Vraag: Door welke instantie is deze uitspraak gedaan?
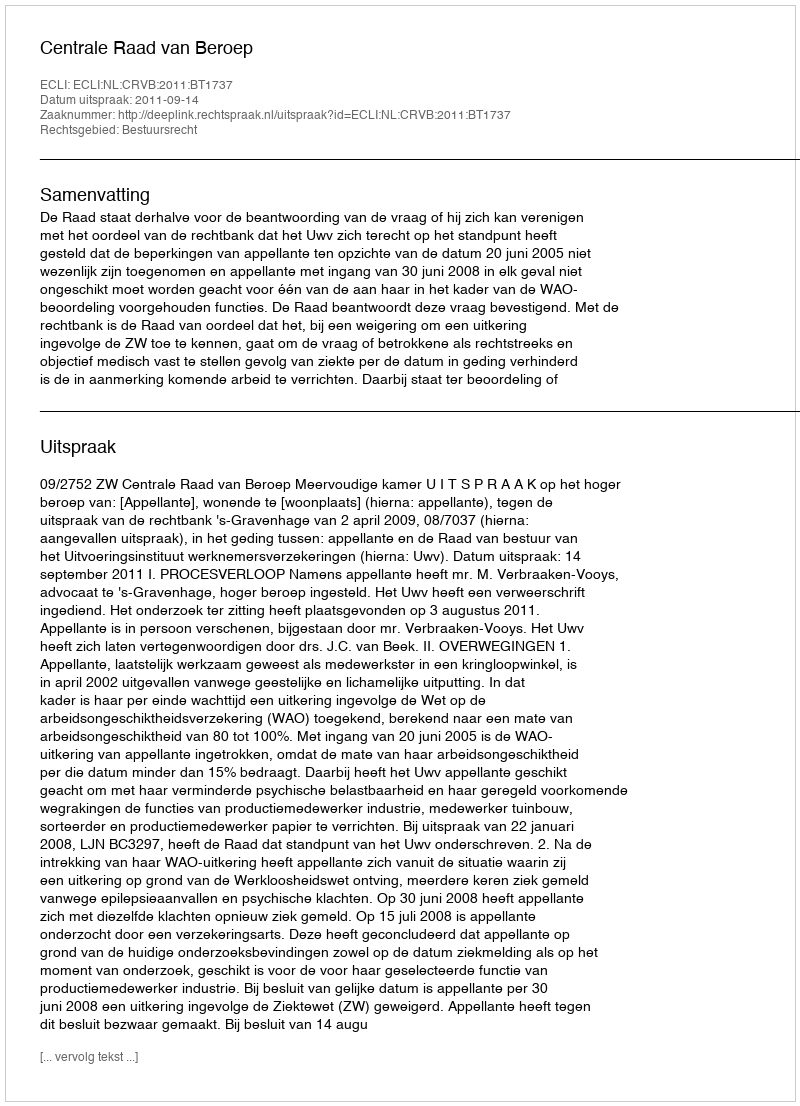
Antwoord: Centrale Raad van Beroep